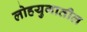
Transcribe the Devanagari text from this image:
लोहयुगातील